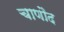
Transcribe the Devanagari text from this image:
चाणौद